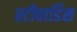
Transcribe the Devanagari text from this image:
स्‍टीवार्डिस